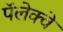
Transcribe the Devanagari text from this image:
पॅलेक्वे